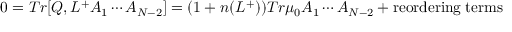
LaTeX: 0 = T r [ Q , L ^ { + } A _ { 1 } \cdots A _ { N - 2 } ] = ( 1 + n ( L ^ { + } ) ) T r \mu _ { 0 } A _ { 1 } \cdots A _ { N - 2 } + \mathrm { r e o r d e r i n g \; t e r m s }